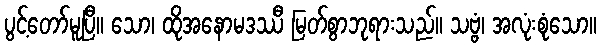
ပွင့်တော်မူပြီ။ သော၊ ထိုအနောမဒဿီ မြတ်စွာဘုရားသည်။ သဗ္ဗံ၊ အလုံးစုံသော။